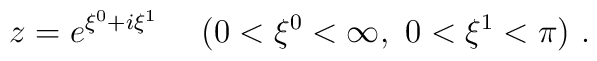
z =  e^{\xi^0 + i \xi^1} \ \ \ \ (0<\xi^0<\infty , \ 0<\xi^1<\pi) \ .